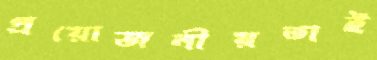
প্রয়োজনীয়তাই